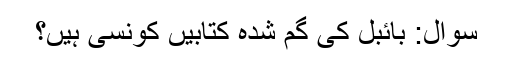
سوال: بائبل کی گم شُدہ کتابیں کونسی ہیں؟